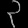
Digit: ၃